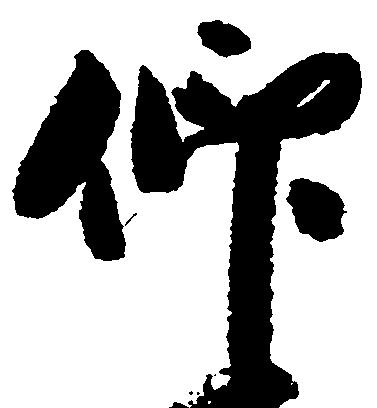
仰